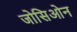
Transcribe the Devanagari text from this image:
जोसिओन